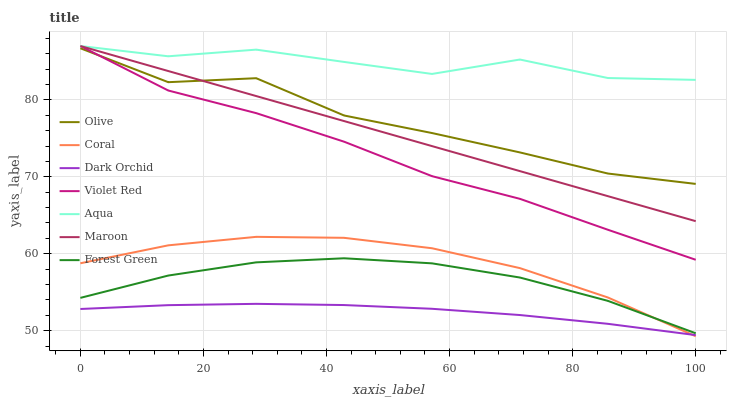
| xaxis_label | Olive | Coral | Dark Orchid | Violet Red | Aqua | Maroon | Forest Green |
 | --- | --- | --- | --- | --- | --- | --- | --- |
 | 0 | 86.7 | 58.8 | 52.8 | 87 | 87 | 87 | 54.3 |
 | 14.3 | 82.3 | 61.1 | 53.3 | 81.2 | 85.7 | 83.7 | 57.2 |
 | 28.6 | 82.8 | 62.2 | 53.5 | 78.3 | 86.5 | 80.5 | 58.9 |
 | 42.9 | 78 | 62.1 | 53.3 | 74.6 | 84.9 | 77.2 | 59.4 |
 | 57.1 | 75.7 | 60.7 | 52.9 | 70.1 | 83.4 | 74 | 58.8 |
 | 71.4 | 73.2 | 58.1 | 52 | 67.1 | 85.2 | 70.7 | 56.9 |
 | 85.7 | 70.4 | 54.3 | 50.9 | 63.1 | 82.8 | 67.5 | 53.9 |
 | 100 | 69.1 | 49.3 | 49.4 | 59.2 | 82.6 | 64.2 | 49.7 |